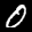
Label: 0